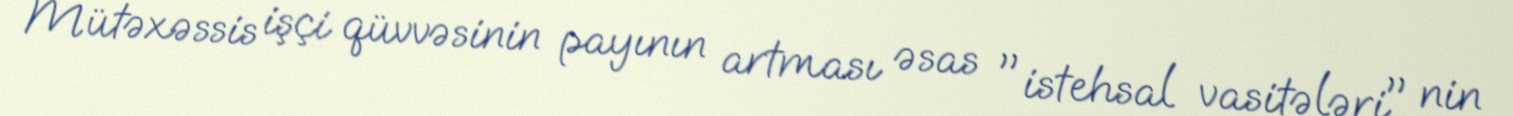
Mütəxəssis işçi qüvvəsinin payının artması əsas "istehsal vasitələri" nin